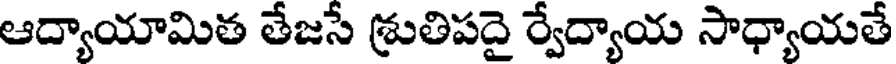
ఆద్యాయామిత తేజసే శ్రుతిపదై ర్వేద్యాయ సాధ్యాయతే